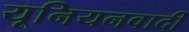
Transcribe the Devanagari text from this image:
यूनियनवादी